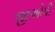
જીઓપી